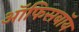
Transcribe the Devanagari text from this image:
ऑफिसबॉय